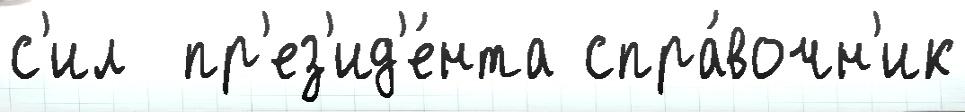
с'ил  пр'ез'ид'е́нта спра́вочн'ик